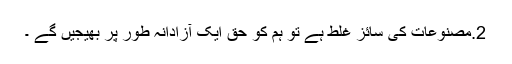
2.مصنوعات کی سائز غلط ہے تو ہم کو حق ایک آزادانہ طور پر بھیجیں گے ۔